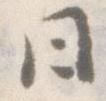
日